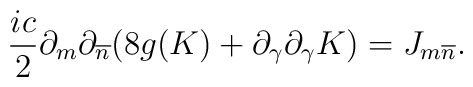
\frac{ic}{2} \partial_{m}\partial_{\overline n}(8g(K) + \partial_{\gamma} \partial_{\gamma} K) = J_{m \overline{n}}.